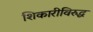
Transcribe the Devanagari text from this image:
शिकारीविरुद्ध